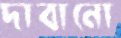
দাবানো